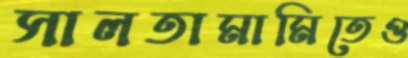
সালতামামিতেও